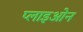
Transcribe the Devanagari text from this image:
प्लाइओन